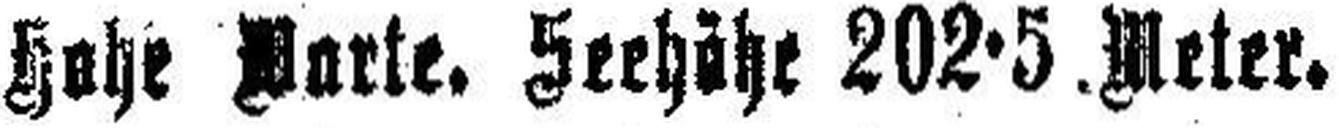
Hohe Warte, Seehöhe 202·5. Meter.